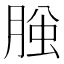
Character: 𦜱